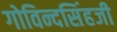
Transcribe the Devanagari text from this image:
गोविन्दसिंहजी